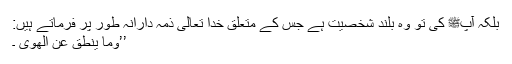
بلکہ آپﷺ کی تو وہ بلند شخصیت ہے جس کے متعلق خدا تعالیٰ ذمہ دارانہ طور پر فرماتے ہیں:
’’وَمَا يَنطِقُ عَنِ الْهَوَىٰ ۔